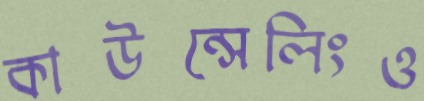
কাউন্সেলিংও